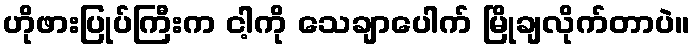
ဟိုဖားပြုပ်ကြီးက ငါ့ကို သေချာပေါက် မြိုချလိုက်တာပဲ။